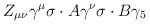
\begin{align*}Z_{\mu\nu}\gamma^\mu\sigma\cdot A\gamma^\nu\sigma\cdot B\gamma_5\end{align*}